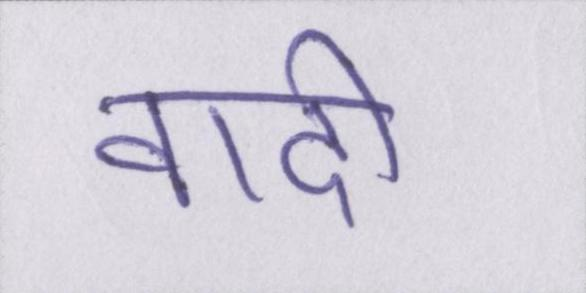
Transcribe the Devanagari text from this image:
वादी